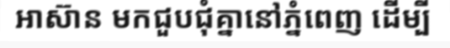
អាស៊ាន មកជួបជុំគ្នានៅភ្នំពេញ ដើម្បី